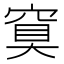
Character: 䆩